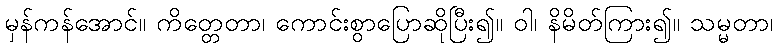
မှန်ကန်အောင်။ ကိတ္တေတာ၊ ကောင်းစွာပြောဆိုပြီး၍။ ဝါ၊ နိမိတ်ကြား၍။ သမ္မတာ၊